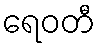
ရေဝတီ